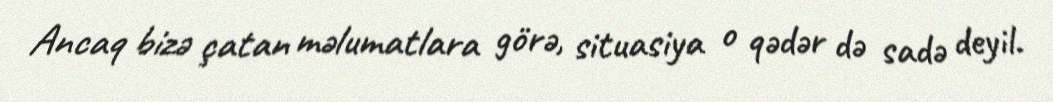
Ancaq bizə çatan məlumatlara görə, situasiya o qədər də sadə deyil.